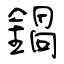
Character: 鍋